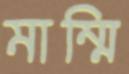
মাম্মি